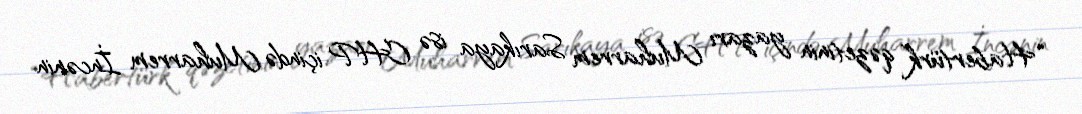
“Habertürk” qəzetinin yazarı Muharrem Sarıkaya isə CHP içində Muharrem İncənin